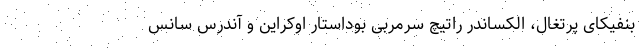
بنفیکای پرتغال، الکساندر راتیچ سرمربی بوداستار اوکراین و آندرس سانس